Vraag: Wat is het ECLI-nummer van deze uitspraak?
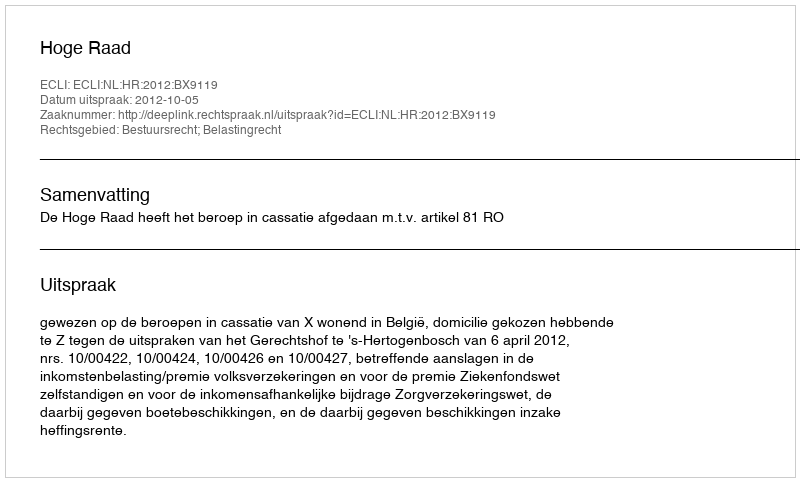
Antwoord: ECLI:NL:HR:2012:BX9119